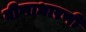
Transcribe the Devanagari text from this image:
वीणाधारणी